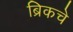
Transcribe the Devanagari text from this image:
ब्रिकचे